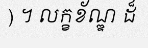
) ។ លក្ខខ័ណ្ឌ ដ៏